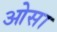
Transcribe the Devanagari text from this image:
ओसा